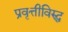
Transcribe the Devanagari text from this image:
प्रवृत्तीविरुद्ध